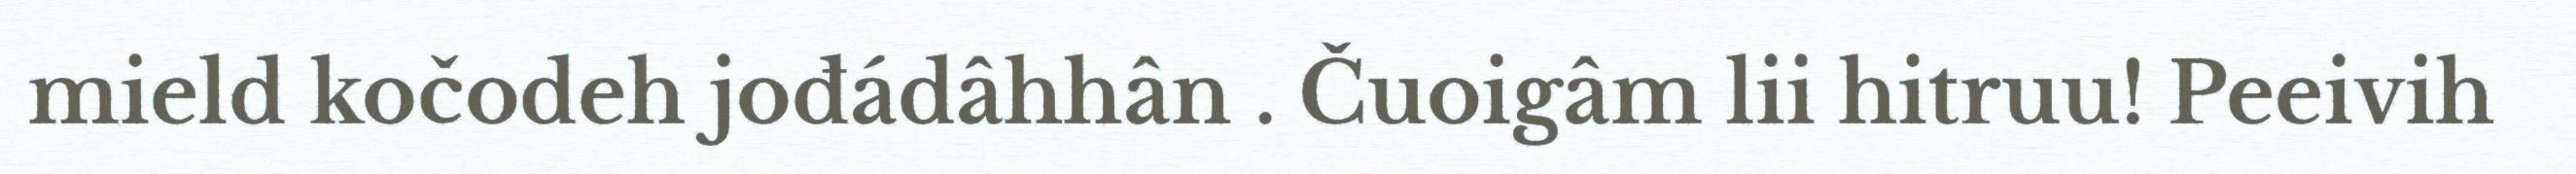
mield kočodeh jođádâhhân . Čuoigâm lii hitruu! Peeivih